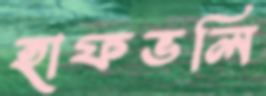
হাফভলি